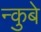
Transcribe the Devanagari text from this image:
न्कुबे